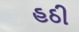
હઠી